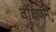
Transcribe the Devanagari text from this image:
दक्षिणमें